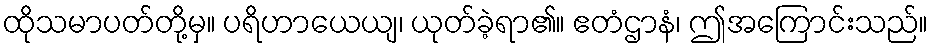
ထိုသမာပတ်တို့မှ။ ပရိဟာယေယျ၊ ယုတ်ခဲ့ရာ၏။ ဧတံဌာနံ၊ ဤအကြောင်းသည်။